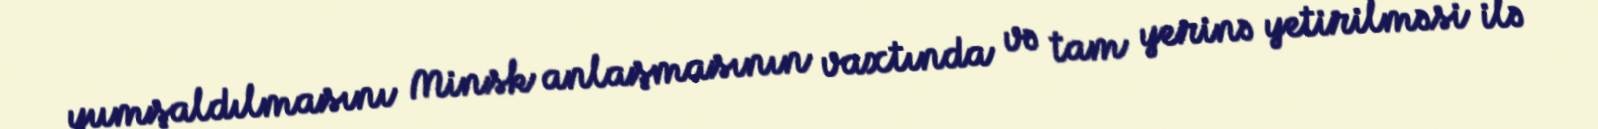
yumşaldılmasını Minsk anlaşmasının vaxtında və tam yerinə yetirilməsi ilə